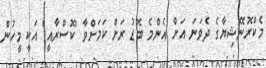
މެކްރޮނޭޝިޔާގެ ދެވަނަ އަށް އެންމެ ބޮޑު ރަށް ކަމަށްވާ "ކޮސްރާއީ" އަކީ މީހުން